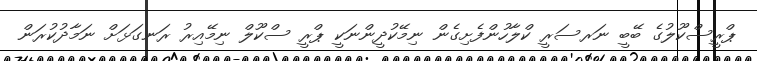
ޕްރީސްކޫލުގެ ބޭބީ ނަރސަރީ ކްލާހުންފެށިގެން ނިމޭކުދީންނަކީ ޕްރީ ސްކޫލް ނިމޭއިރު ރަނގަޅަށް ނަމާދުކުރަން